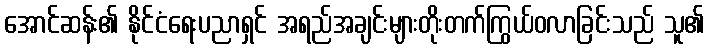
အောင်ဆန်း၏ နိုင်ငံရေးပညာရှင် အရည်အချင်းများတိုးတက်ကြွယ်ဝလာခြင်းသည် သူ၏